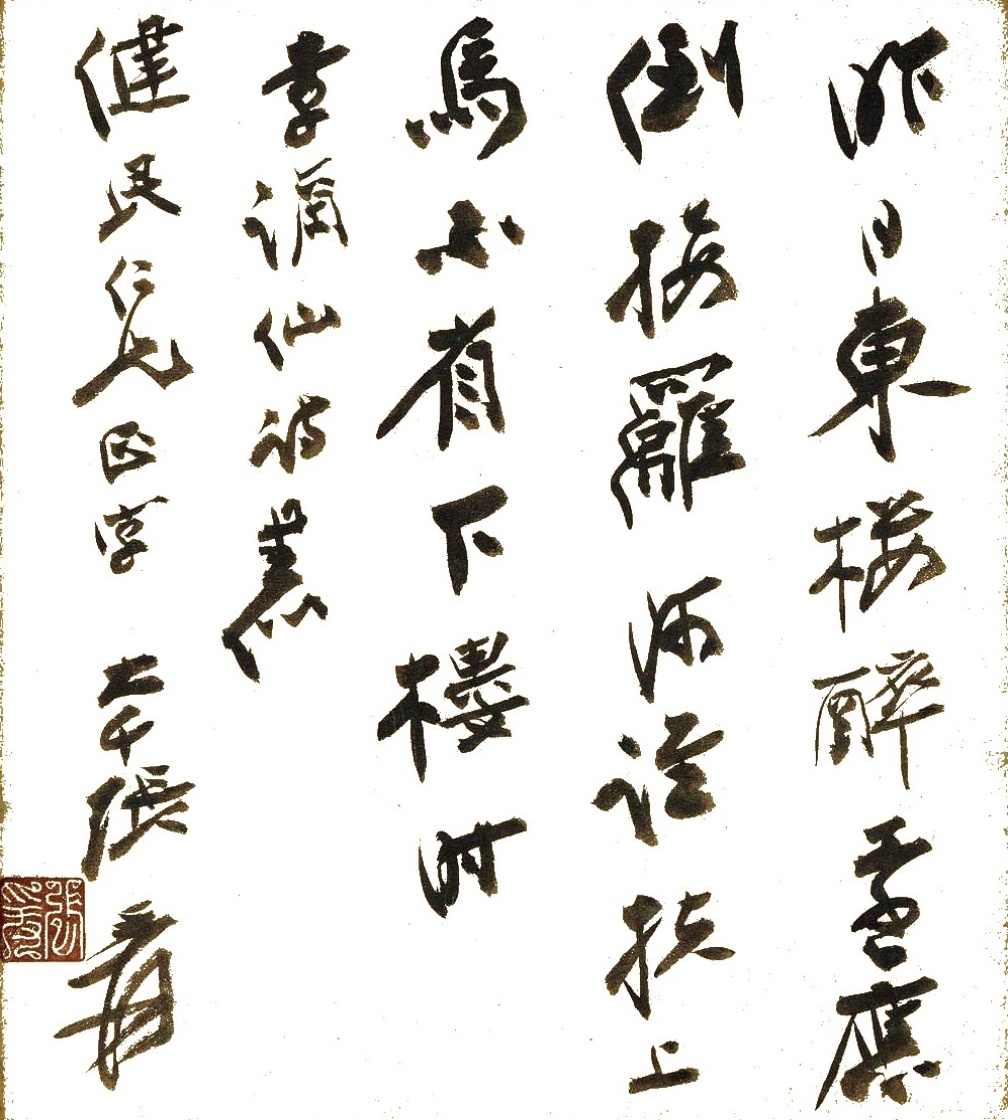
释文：昨日东楼醉，还应倒接离，阿谁扶上马，不省下楼时。李谪仙诗，书似健民仁兄正字，大千张爰。